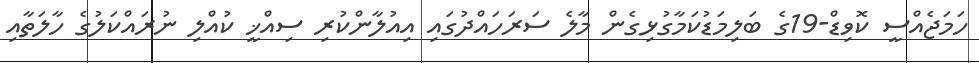
ހަމަޖެއްސީ ކޮވިޑް-19ގެ ބަލިމަޑުކަމާގުޅިގެން މާލެ ސަރަހައްދުގައި އިއުލާންކުރި ސިއްޚީ ކުއްލި ނުރައްކަލުގެ ހާލަތާއި